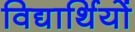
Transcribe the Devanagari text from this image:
विद्यार्थियों